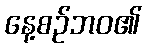
နေ့စဉ်ဘဝ၏